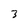
Character: 3